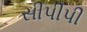
સીપીપી